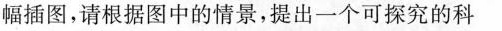
幅插图，请根据图中的情景，提出一个可探究的科